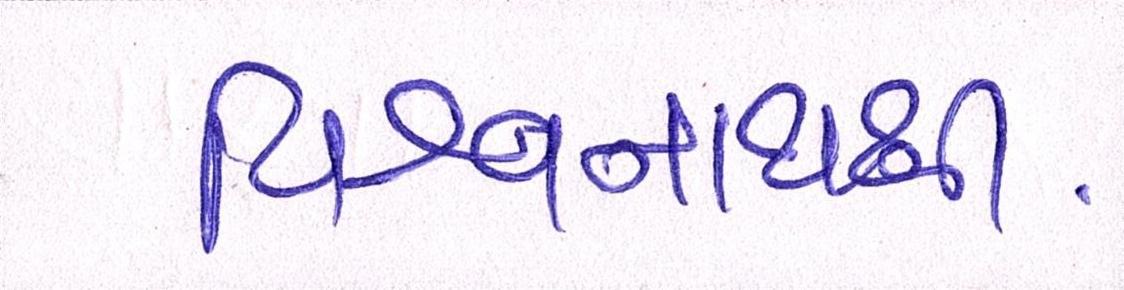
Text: વિશ્વનાથથી